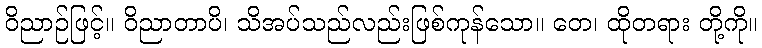
ဝိညာဉ်ဖြင့်။ ဝိညာတာပိ၊ သိအပ်သည်လည်းဖြစ်ကုန်သော။ တေ၊ ထိုတရား တို့ကို။